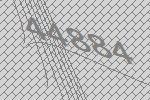
44884